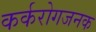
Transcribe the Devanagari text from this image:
कर्करोगजनक